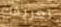
تعريفك